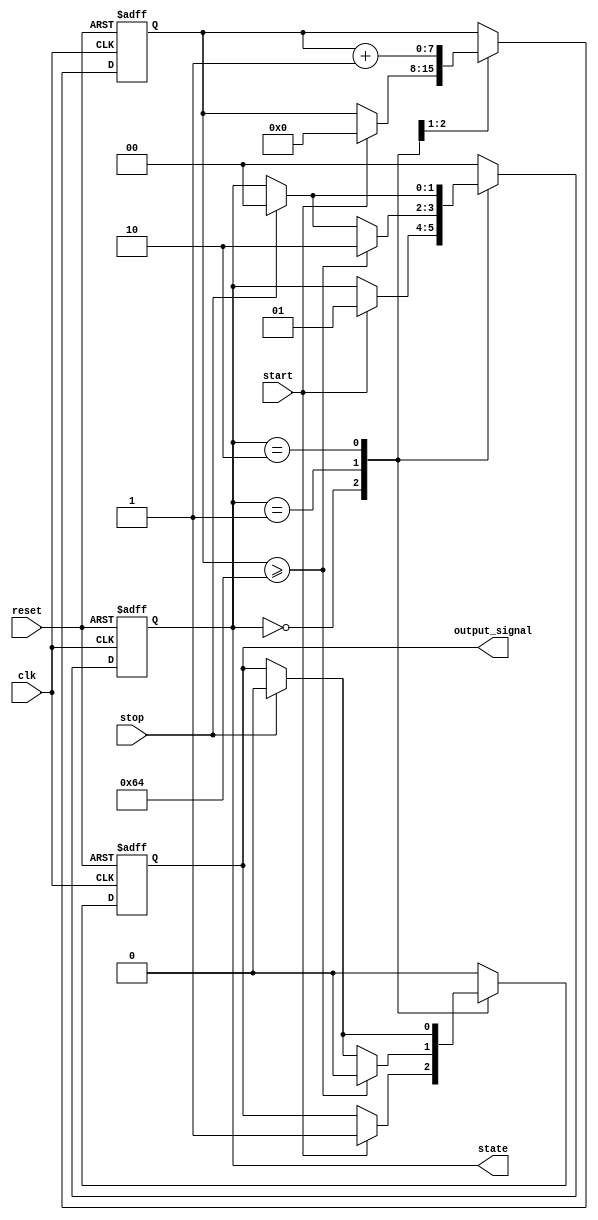
module TimerBasedMealy(
    input wire clk,       // Clock signal
    input wire reset,     // Active high reset signal
    input wire start,     // Input signal to start the timer
    input wire stop,      // Input signal to stop the timer
    output reg [1:0] state, // Current state (2 bits for 4 states)
    output reg output_signal // Output signal dependent on state and input
);

// State encoding
localparam IDLE    = 2'b00;
localparam ACTIVE  = 2'b01;
localparam TIMEOUT = 2'b10;

// Timer parameters
parameter TIMEOUT_VALUE = 8'd100; // Set arbitrary timeout value
reg [7:0] timer; // 8-bit timer for counting clock cycles

// State transition and output logic
always @(posedge clk or posedge reset) begin
    if (reset) begin
        state <= IDLE; // Reset to initial state
        timer <= 8'b0; // Reset timer
        output_signal <= 1'b0; // Reset output
    end else begin
        case (state)
            IDLE: begin
                if (start) begin
                    state <= ACTIVE; // Transition to ACTIVE state
                    timer <= 8'b0; // Initialize timer
                    output_signal <= 1'b1; // Generate output signal
                end
            end

            ACTIVE: begin
                timer <= timer + 1; // Increment the timer
                if (timer >= TIMEOUT_VALUE) begin
                    state <= TIMEOUT; // Transition to TIMEOUT state
                    output_signal <= 1'b0; // Update output signal
                end else if (stop) begin
                    state <= IDLE; // Transition back to IDLE on stop
                    output_signal <= 1'b0; // Update output signal
                end
            end

            TIMEOUT: begin
                // Handle actions in TIMEOUT state
                if (stop) begin
                    state <= IDLE; // Transition back to IDLE on stop
                    output_signal <= 1'b0; // Update output signal
                end
                // Other conditions can lead to different states if needed
            end

            default: begin
                state <= IDLE; // Fallback to IDLE
                output_signal <= 1'b0; // Reset output
            end
        endcase
    end
end

endmodule